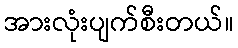
အားလုံးပျက်စီးတယ်။